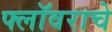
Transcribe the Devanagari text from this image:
फ्लॉवराचे